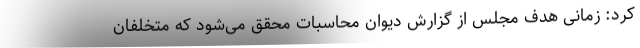
کرد: زمانی هدف مجلس از گزارش دیوان محاسبات محقق می‌شود که متخلفان